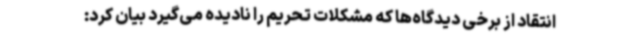
انتقاد از برخی دیدگاه‌ها که مشکلات تحریم را نادیده می‌گیرد بیان کرد: